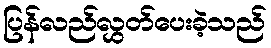
ပြန်လည်လွှတ်ပေးခဲ့သည်